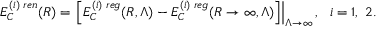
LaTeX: E _ { C } ^ { ( i ) \; r e n } ( R ) = \left. \left[ E _ { C } ^ { ( i ) \; r e g } ( R , \Lambda ) - E _ { C } ^ { ( i ) \; r e g } ( R \to \infty , \Lambda ) \right] \right| _ { \Lambda \to \infty } , ~ ~ i = 1 , ~ 2 .